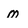
Character: m